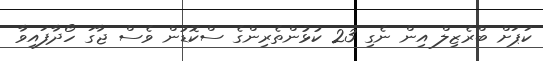
ކަޕަށް ބްރެޒިލް އިން ނެގި 23 ކުޅުންތެރިންގެ ސްކޮޑުން ވެސް ޖާގަ ހޯދާފައިވާ